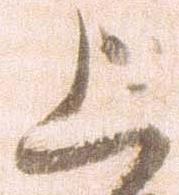
上